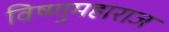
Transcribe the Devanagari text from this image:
विष्णुमहाराज